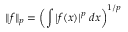
\| f \| _ { p } = \left( \int | f ( x ) | ^ { p } \; d x \right) ^ { 1 / p }